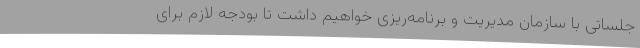
جلساتی با سازمان مدیریت و برنامه‌ریزی خواهیم داشت تا بودجه لازم برای